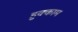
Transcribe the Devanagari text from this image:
हुक्काम